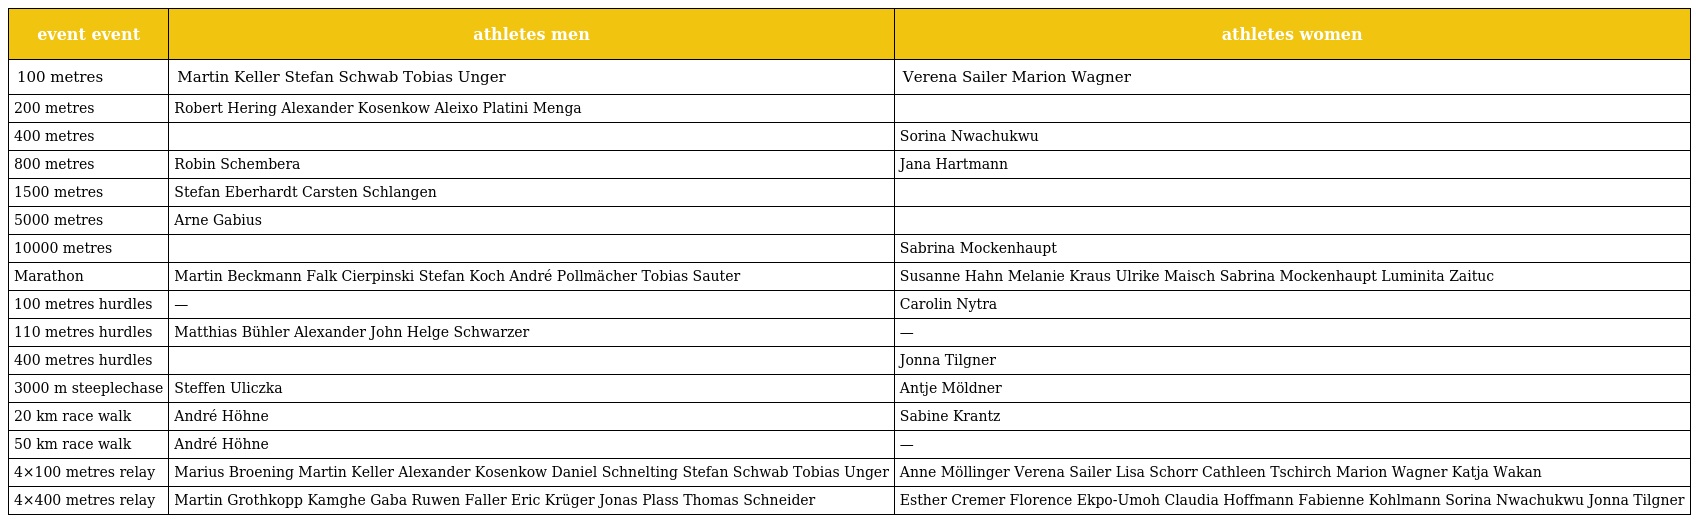
| event event | athletes men | athletes women |
 | --- | --- | --- |
 | 100 metres | Martin Keller Stefan Schwab Tobias Unger | Verena Sailer Marion Wagner |
 | 200 metres | Robert Hering Alexander Kosenkow Aleixo Platini Menga |  |
 | 400 metres |  | Sorina Nwachukwu |
 | 800 metres | Robin Schembera | Jana Hartmann |
 | 1500 metres | Stefan Eberhardt Carsten Schlangen |  |
 | 5000 metres | Arne Gabius |  |
 | 10000 metres |  | Sabrina Mockenhaupt |
 | Marathon | Martin Beckmann Falk Cierpinski Stefan Koch André Pollmächer Tobias Sauter | Susanne Hahn Melanie Kraus Ulrike Maisch Sabrina Mockenhaupt Luminita Zaituc |
 | 100 metres hurdles | — | Carolin Nytra |
 | 110 metres hurdles | Matthias Bühler Alexander John Helge Schwarzer | — |
 | 400 metres hurdles |  | Jonna Tilgner |
 | 3000 m steeplechase | Steffen Uliczka | Antje Möldner |
 | 20 km race walk | André Höhne | Sabine Krantz |
 | 50 km race walk | André Höhne | — |
 | 4×100 metres relay | Marius Broening Martin Keller Alexander Kosenkow Daniel Schnelting Stefan Schwab Tobias Unger | Anne Möllinger Verena Sailer Lisa Schorr Cathleen Tschirch Marion Wagner Katja Wakan |
 | 4×400 metres relay | Martin Grothkopp Kamghe Gaba Ruwen Faller Eric Krüger Jonas Plass Thomas Schneider | Esther Cremer Florence Ekpo-Umoh Claudia Hoffmann Fabienne Kohlmann Sorina Nwachukwu Jonna Tilgner |